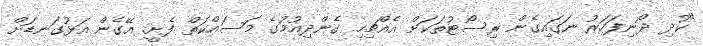
"ކުދި ދޯނިފަހަރު ނަގައިގެން ރިސޯޓުތަކަށް އެއްޗިހި ގެންދިއުމުގެ މަސައްކަތް ފެށީ. އޭގެން އަޅުގަނޑަށް